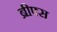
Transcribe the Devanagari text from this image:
ब्रीफ्स